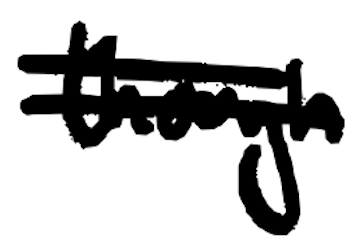
Text: though
Cross-out: double-line
Writing tool: digital_black